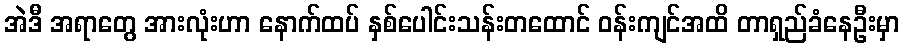
အဲဒီ အရာတွေ အားလုံးဟာ နောက်ထပ် နှစ်ပေါင်းသန်းတထောင် ဝန်းကျင်အထိ တာရှည်ခံနေဦးမှာ